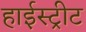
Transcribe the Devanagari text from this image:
हाईस्ट्रीट